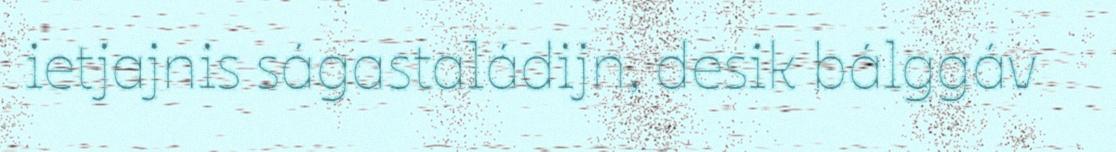
ietjajnis ságastaládijn, desik bálggáv